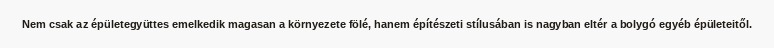
Nem csak az épületegyüttes emelkedik magasan a környezete fölé, hanem építészeti stílusában is nagyban eltér a bolygó egyéb épületeitől.